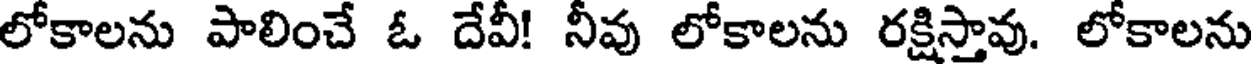
లోకాలను పాలించే ఓ దేవీ! నీవు లోకాలను రక్షిస్తావు. లోకాలను